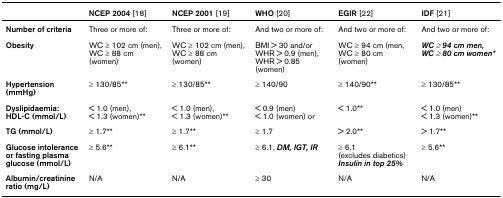
|  | NCEP 2004 [18] | NCEP 2001 [19] | WHO [20] | EGIR [22] | IDF [21] |
 | --- | --- | --- | --- | --- | --- |
 | Number of criteria | Three or more of: | Three or more of: | And two or more of: | And two or more of: | And two or more of: |
 | Obesity | WC ≥ 102 cm (men), WC ≥ 88 cm (women) | WC ≥ 102 cm (men), WC ≥ 88 cm (women) | BMI > 30 and/or WHR > 0.9 (men), WHR > 0.85 (women) | WC ≥ 94 cm (men, WC ≥ 80 cm (women) | WC ≥ 94 cm men, WC ≥ 80 cm women* |
 | Hypertension (mmHg) | ≥ 130/85** | ≥ 130/85** | ≥ 140/90 | ≥ 140/90** | ≥ 130/85** |
 | Dyslipidaemia:HDL-C (mmol/L) | < 1.0 (men),< 1.3 (women)** | < 1.0 (men),< 1.3 (women)** | < 0.9 (men)< 1.0 (women) or | < 1.0** | < 1.0 (men)< 1.3 (women)** |
 | TG (mmol/L) | ≥ 1.7** | ≥ 1.7** | ≥ 1.7 | > 2.0** | > 1.7** |
 | Glucose intolerance or fasting plasma glucose (mmol/L) | ≥ 5.6** | ≥ 6.1** | ≥ 6.1, DM, IGT, IR | ≥ 6.1 (excludes diabetics)Insulin in top 25% | ≥ 5.6** |
 | Albumin/creatinine ratio (mg/L) | N/A | N/A | ≥ 30 | N/A | N/A |